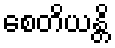
စေတိယန္တိ